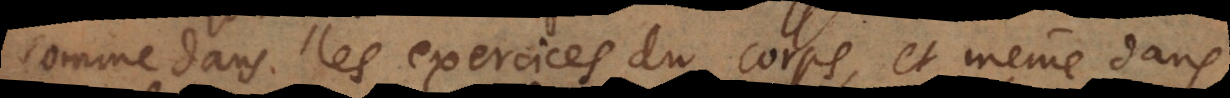
comme dans les exercices du corps, et même dans